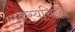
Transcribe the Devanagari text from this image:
कस्यचिद्देयं